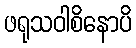
ဖရုသဝါစိနောပိ